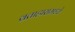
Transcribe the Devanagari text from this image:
व्रताहारामध्ये